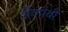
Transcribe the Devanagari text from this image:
शैवपंथी